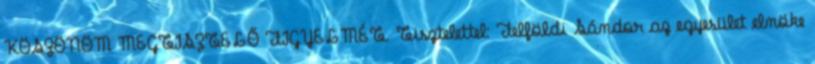
KÖSZÖNÖM MEGTISZTELŐ FIGYELMÉT. Tisztelettel: Felföldi Sándor az egyesület elnöke